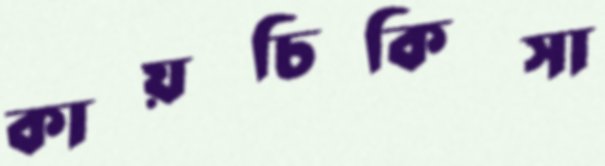
কায়চিকিত্সা